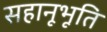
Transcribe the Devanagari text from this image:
सहानूभूति